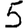
Digit: 5